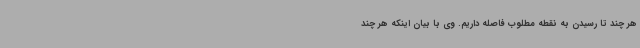
هر چند تا رسیدن به نقطه مطلوب فاصله داریم. وی با بیان اینکه هر چند